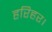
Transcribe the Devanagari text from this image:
हरिहर।